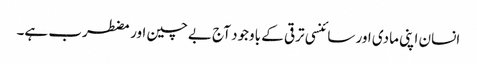
انسان اپنی مادی اور سائنسی ترقی کے باوجود آج بےچین اور مضطرب ہے۔